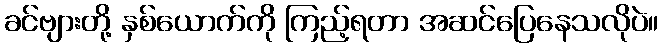
ခင်ဗျားတို့ နှစ်ယောက်ကို ကြည့်ရတာ အဆင်ပြေနေသလိုပဲ။